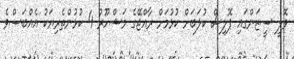
ވޮލީ ސީޒަންގައި ޕޮލިސް ކުލަބަށް ކުޅުމަށް ރާއްޖޭގެ މަޝްހޫރު 4 ކުޅުންތެރިޔަކު އެއްބަސްވެ